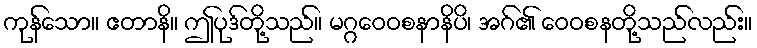
ကုန်သော။ ဧတာနိ။ ဤပုဒ်တို့သည်။ မဂ္ဂဝေဝစနာနိပိ၊ အဂ်၏ ဝေဝစနတို့သည်လည်း။